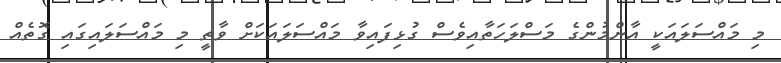
މި މައްސަލައަކީ އާންމުންގެ މަސްލަހަތާއިވެސް ގުޅިފައިވާ މައްސަލައަކަށް ވާތީ މި މައްސަލައިގައި ގޮތެއް